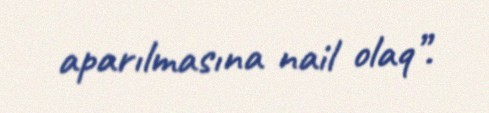
aparılmasına nail olaq”.